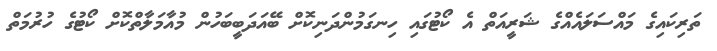
ތަރިކައިގެ މައްސަލައެއްގެ ޝަރީއަތް އެ ކޯޓުގައި ހިނގަމުންދަނިކޮށް ބޭއަދަބީބަހުން މުއާމަލާތްކޮށް ކޯޓުގެ ހުރުމަތް